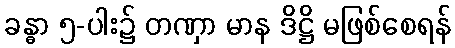
ခန္ဓာ ၅-ပါး၌ တဏှာ မာန ဒိဋ္ဌိ မဖြစ်စေရန်